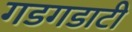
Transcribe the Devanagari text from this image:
गडगडाटी